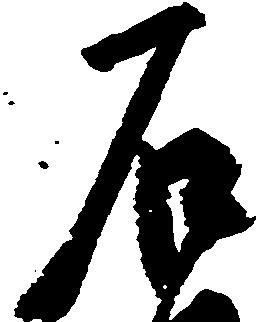
石